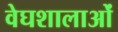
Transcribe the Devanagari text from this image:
वेघशालाओं